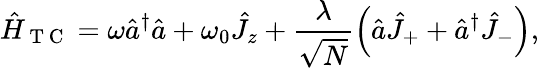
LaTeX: \hat{H}_{\mathrm{~T~C~}}=\omega\hat{a}^{\dagger}\hat{a}+\omega_{0}\hat{J}_{z}+\frac{\lambda}{\sqrt{N}}\left(\hat{a}\hat{J}_{+}+\hat{a}^{\dagger}\hat{J}_{-}\right),